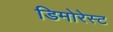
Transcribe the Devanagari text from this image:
डिमोरेस्ट